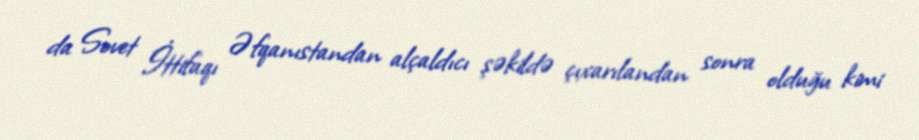
da Sovet İttifaqı Əfqanıstandan alçaldıcı şəkildə çıxarılandan sonra olduğu kimi